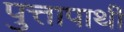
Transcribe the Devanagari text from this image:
पुत्तापार्थी